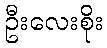
ဦးလေးစိုး